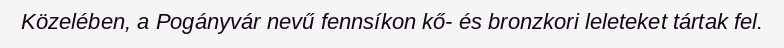
Közelében, a Pogányvár nevű fennsíkon kő- és bronzkori leleteket tártak fel.